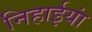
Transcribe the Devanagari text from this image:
निहाईयां